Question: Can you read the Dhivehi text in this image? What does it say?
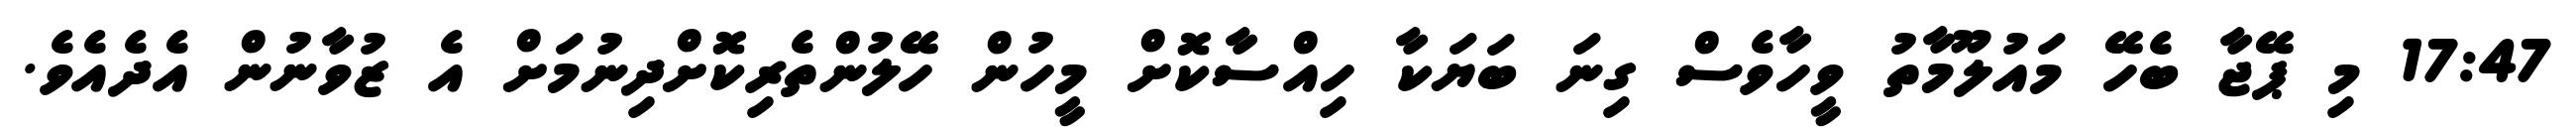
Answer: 17:47 މި ޕޭޖާ ބެހޭ މައުލޫމާތު ވީހާވެސް ގިނަ ބަޔަކާ ހިއްސާކޮށް މީހުން ހޭލުންތެރިކޮށްދިނުމަށް އެ ޒުވާނުން އެދެއެވެ.